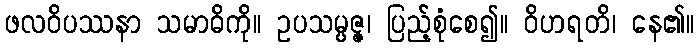
ဖလဝိပဿနာ သမာဓိကို။ ဥပသမ္ပဇ္ဇ၊ ပြည့်စုံစေ၍။ ဝိဟရတိ၊ နေ၏။